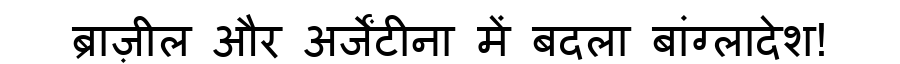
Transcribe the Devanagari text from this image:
ब्राज़ील और अर्जेंटीना में बदला बांग्लादेश!